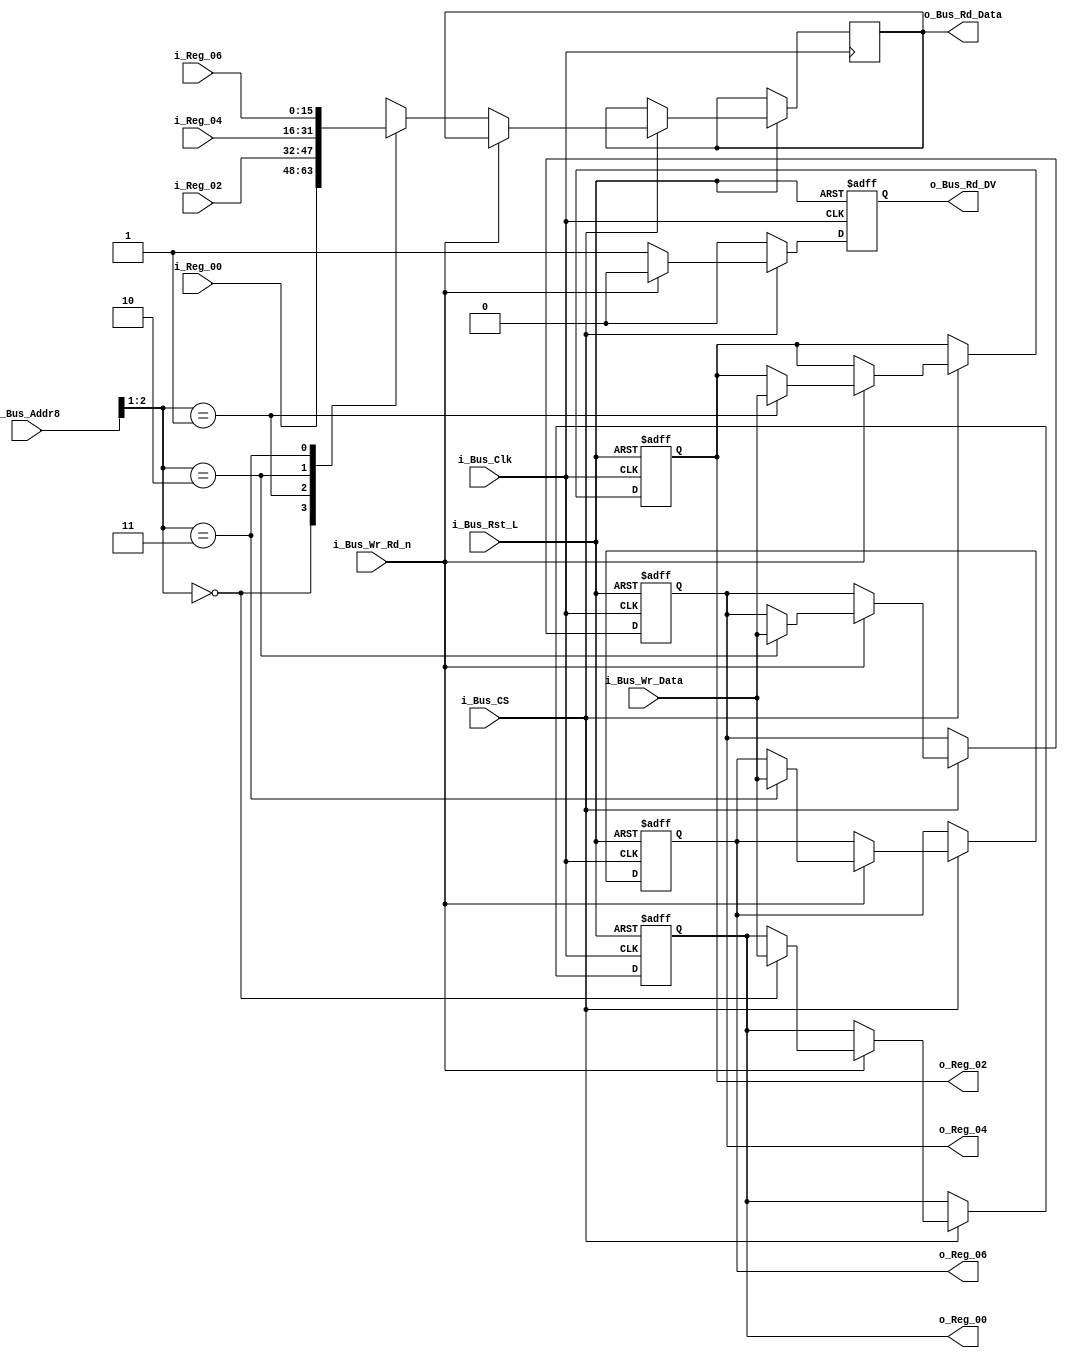
//////////////////////////////////////////////////////////////////////////////
// FPGA Bus Registers
// Contains 4 Readable/Writable Registers.
//
// Parameters:
// BUS_WIDTH - Recommended to set to 8, 16, or 32.
// INIT_XX   - Used to initalize registers to non-zero values.
//
// Note: Address is used to increment into entire word of g_BUS_WIDTH
//////////////////////////////////////////////////////////////////////////////
module Bus_Reg_X4 #(parameter INIT_00  = 0,
                    parameter INIT_02  = 0,
                    parameter INIT_04  = 0,
                    parameter INIT_06  = 0) 
 (input             i_Bus_Rst_L,
  input             i_Bus_Clk,
  input             i_Bus_CS,
  input             i_Bus_Wr_Rd_n,
  input [2:0]       i_Bus_Addr8,
  input [15:0]      i_Bus_Wr_Data,
  output reg [15:0] o_Bus_Rd_Data,
  output reg        o_Bus_Rd_DV,
  input [15:0]      i_Reg_00,
  input [15:0]      i_Reg_02,
  input [15:0]      i_Reg_04,
  input [15:0]      i_Reg_06,
  output reg [15:0] o_Reg_00,
  output reg [15:0] o_Reg_02,
  output reg [15:0] o_Reg_04,
  output reg [15:0] o_Reg_06);

  always @(posedge i_Bus_Clk or negedge i_Bus_Rst_L)
  begin
    if (~i_Bus_Rst_L)
    begin
      o_Bus_Rd_DV <= 1'b0;
      o_Reg_00   <= INIT_00;
      o_Reg_02   <= INIT_02;
      o_Reg_04   <= INIT_04;
      o_Reg_06   <= INIT_06;
    end
    else
    begin
      o_Bus_Rd_DV <= 1'b0;

      if (i_Bus_CS == 1'b1)
      begin
        if (i_Bus_Wr_Rd_n == 1'b1) // Write Command
        begin
          case (i_Bus_Addr8[2:1])
          2'b00 : o_Reg_00 <= i_Bus_Wr_Data;
          2'b01 : o_Reg_02 <= i_Bus_Wr_Data;
          2'b10 : o_Reg_04 <= i_Bus_Wr_Data;
          2'b11 : o_Reg_06 <= i_Bus_Wr_Data;
          endcase
        end
        else // Read Command
        begin
          o_Bus_Rd_DV   <= 1'b1;
          
          case (i_Bus_Addr8[2:1])
          2'b00 : o_Bus_Rd_Data <= i_Reg_00;
          2'b01 : o_Bus_Rd_Data <= i_Reg_02;
          2'b10 : o_Bus_Rd_Data <= i_Reg_04;
          2'b11 : o_Bus_Rd_Data <= i_Reg_06;
          endcase 
        end // else: !if(i_Bus_Wr_Rd_n == 1'b1)
      end // if (i_Bus_CS == 1'b1)
    end // else: !if(!i_Bus_Rst_L)
  end // always @ (posedge i_Bus_Clk or negedge i_Bus_Rst_L)

endmodule